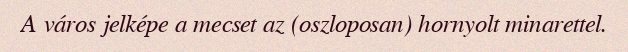
A város jelképe a mecset az (oszloposan) hornyolt minarettel.